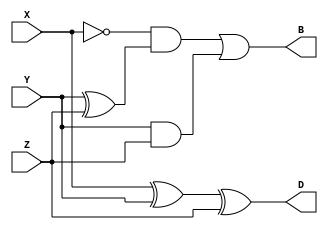
module Full_Subtractor(output D, B, input X, Y, Z);
assign D = X ^ Y ^ Z;
assign B = ~X & (Y^Z) | Y & Z;
endmodule